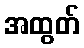
အထွတ်